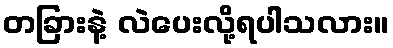
တခြားနဲ့ လဲပေးလို့ရပါသလား။